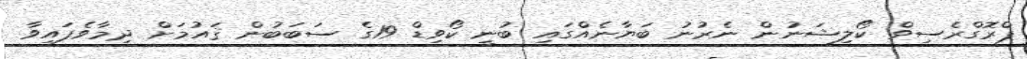
ޕްރޮގްރެސިވް ކޯލިޝަނުން ނެރުނު ބަޔާނެއްގައި ބުނީ ކޯވިޑް 19ގެ ސަބަބުން ޤައުމަށް ދިމާވެފައިވާ